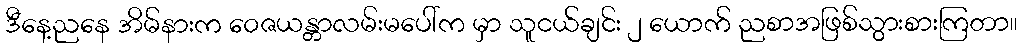
ဒီနေ့ညနေ အိမ်နားက ဝေဇယန္တာလမ်းမပေါ်က မှာ သူငယ်ချင်း ၂ ယောက် ညစာအဖြစ်သွားစားကြတာ။